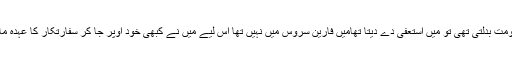
مارکر: جب بھی کوئی حکومت بدلتی تھی تو میں استعفی دے دیتا تھامیں فارین سروس میں نہیں تھا اس لیے میں نے کبھی خود اوپر جا کر سفارتکار کا عہدہ مانگنے کی کوشش نہیں کی۔